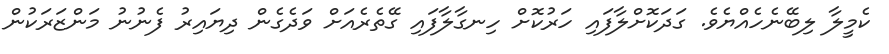
ކެމީލާ ލިބޭނެހެއްޔެވެ. ގަދަކޮށްލާފައި ހަރުކޮށް ހިނގާލާފައި ގޭތެރެއަށް ވަދެގެން ދިޔައިރު ފެނުނު މަންޒަރަކުން